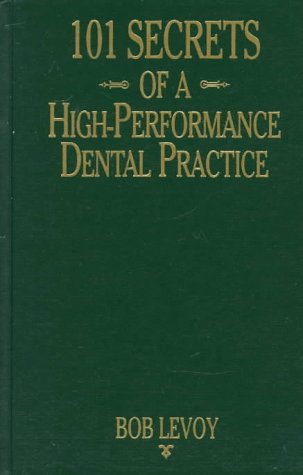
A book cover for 101 Secrets of a High-Performance Dental Practice: From the Success Files of Bob Levoy; Bob Levoy; Medical Books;